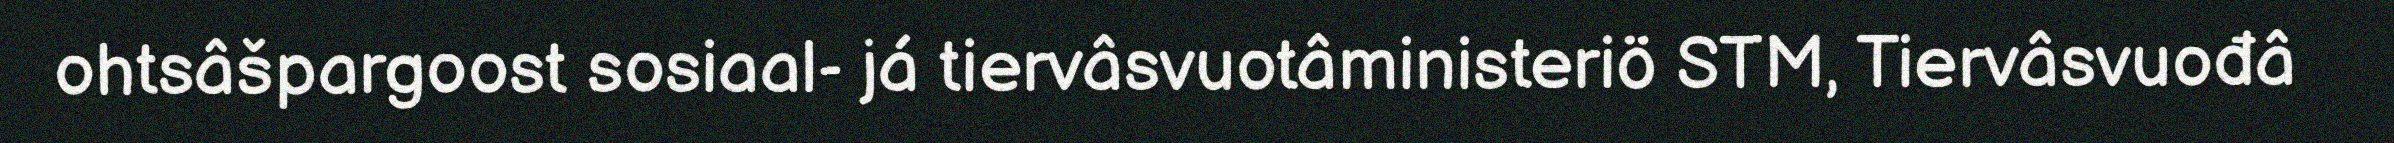
ohtsâšpargoost sosiaal- já tiervâsvuotâministeriö STM, Tiervâsvuođâ